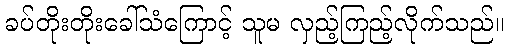
ခပ်တိုးတိုးခေါ်သံကြောင့် သူမ လှည့်ကြည့်လိုက်သည်။